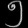
Digit: ၅